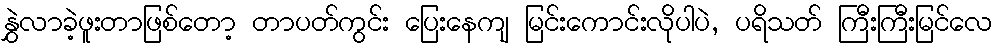
နွှဲလာခဲ့ဖူးတာဖြစ်တော့ တာပတ်ကွင်း ပြေးနေကျ မြင်းကောင်းလိုပါပဲ, ပရိသတ် ကြီးကြီးမြင်လေ